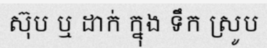
ស៊ុប ឬ ដាក់ ក្នុង ទឹក ស្រូប